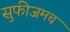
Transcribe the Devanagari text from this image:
सुफीजमच